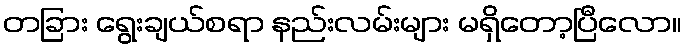
တခြား ရွေးချယ်စရာ နည်းလမ်းများ မရှိတော့ပြီလော။